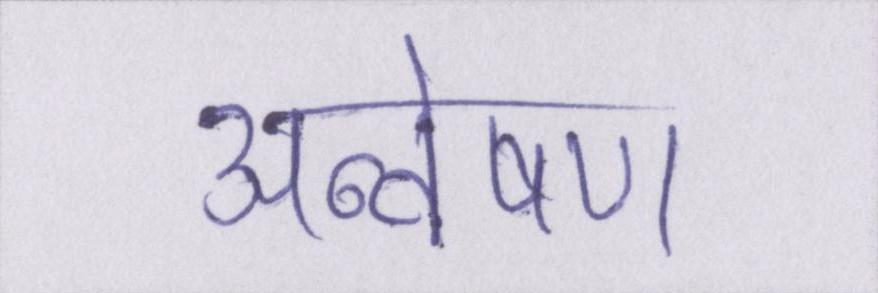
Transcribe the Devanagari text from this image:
अन्वेषण